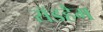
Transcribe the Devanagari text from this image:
रॉडहैम